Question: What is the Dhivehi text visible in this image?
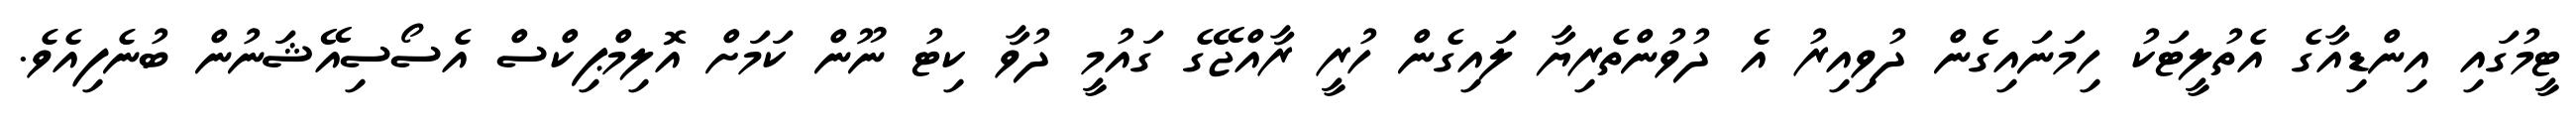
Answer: ޓީމުގައި އިންޑިއާގެ އެތުލީޓަކު ހިމަނައިގެން ދުވިއިރު އެ ދުވުންތެރިޔާ ލައިގެން ހުރީ ރާއްޖޭގެ ގައުމީ ދުވާ ކިޓު ނޫން ކަމަށް އޮލިމްޕިކްސް އެސޯސިއޭޝަނުން ބުނެފިއެވެ.